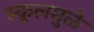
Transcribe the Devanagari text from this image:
स्कूलमुळे